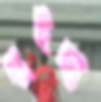
মুইছা